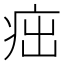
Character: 㽾